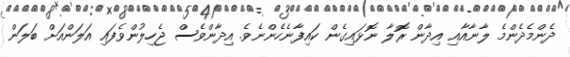
ދެންމެދެންމެ ލާނާއާއި އިދާން ރޮލާ ނޮޅައިގެން ކައިފާނެހެންނެވެ. އިދާންވެސް ޖެހިލުންވެފައި އަލަންއަށް ބަލަން